Vaccine operations Central Provinces 1900-1911 - 1900-1911
Year: 1900
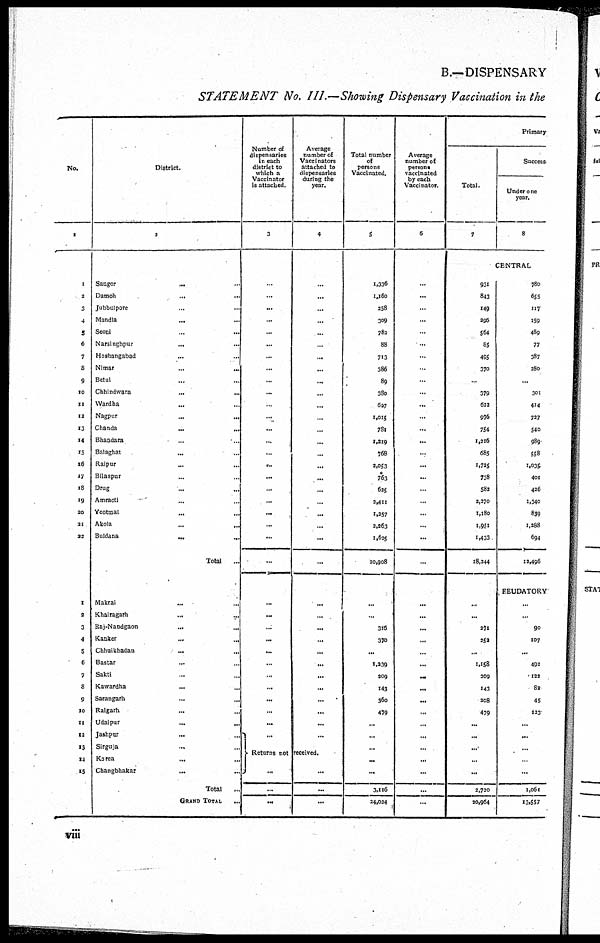
B.—DISPENSARY
STATEMENT No. III.—Showing Dispensary Vaccination in the
No.
1
1
2
3
4
5
6
7
8
9
10
11
12
13
14
15
15
17
18
19
20
21
22
1
2
3
4
5
6
7
8
9
10
1I
12
13
14
15
District.
2
Saugor
... ...
Damoh
...
...
Jubbulpore ... ...
Mandla
...
Seoni ... ...
Narsinghpur
...
Hoshangabad ...
Nimar
...
...
Betul ... ...
Chhindwara
...
...
Wardha ... ...
Nagpur
...
...
Chanda
...
...
Bhandara ... ...
Balaghat
...
Raipur ... ...
Bilaspur ... ...
Drug
... ...
Amraoti ... ...
Yeotmal
...
...
Akola ... ...
Buldana ... ...
Total
...
Makrai ... ...
Khairagarh
... ...
Raj-Nandgaon
...
...
Kanker
...
...
Chhuikhadan
...
...
Bastar ... ...
Sakti ... ...
Kawardha
...
...
Sarangarh
...
...
Raigarh ... ...
Udaipur
...
...
Jashpur
...
Sirguja ... ...
Korea
... ...
Changbhakar
... ...
Total ...
GRAND TOTAL
...
Number of
dispensaries
in each
district to
which a
Vaccinator
is attached.
3
..
...
...
...
...
...
...
...
...
...
...
...
...
...
...
...
...
...
...
...
...
...
...
...
...
...
...
...
...
...
...
...
...
...
...
Average
number of
Vaccinators
attached to
dispensaries
during the
year.
4
...
...
...
...
...
...
...
...
...
...
...
...
...
...
...
...
...
...
...
...
...
...
...
...
...
...
...
...
...
...
...
...
...
...
...
Returns not received.
...
...
...
...
...
...
Total number
of
persons
Vaccinated.
5
1,336
1,160
258
309
782
88
713
386
89
380
627
1,015
781
1,219
768
2,053
763
625
2,411
1,257
2,263
1,625
20,908
...
...
316
378
...
1,239
209
143
360
479
...
...
...
...
...
3,116
24,024
Average
number of
persons
vaccinated
by each
Vaccinator.
6
...
...
...
...
...
...
...
...
...
...
...
...
...
...
...
...
...
...
...
...
...
...
...
...
...
...
...
...
...
...
...
...
...
...
...
...
...
...
...
...
Primary
Total.
7
Success
Under one
year.
8
CENTRAL
931
843
149
296
564
85
495
370
...
379
622
976
754
1,216
685
1,725
738
582
2,270
1,180
1,951
1,433
18,244
...
...
271
252
...
1,158
209
143
208
479
...
...
...
...
...
2,720
20,964
780
655
117
159
489
77
387
280
...
301
414
727
540
989
558
1,035
401
426
1,340
839
1,288
694
12,496
EEUDATORY
...
...
90
107
...
492
122
82
45
123
...
...
...
...
...
1,061
13,557
viii